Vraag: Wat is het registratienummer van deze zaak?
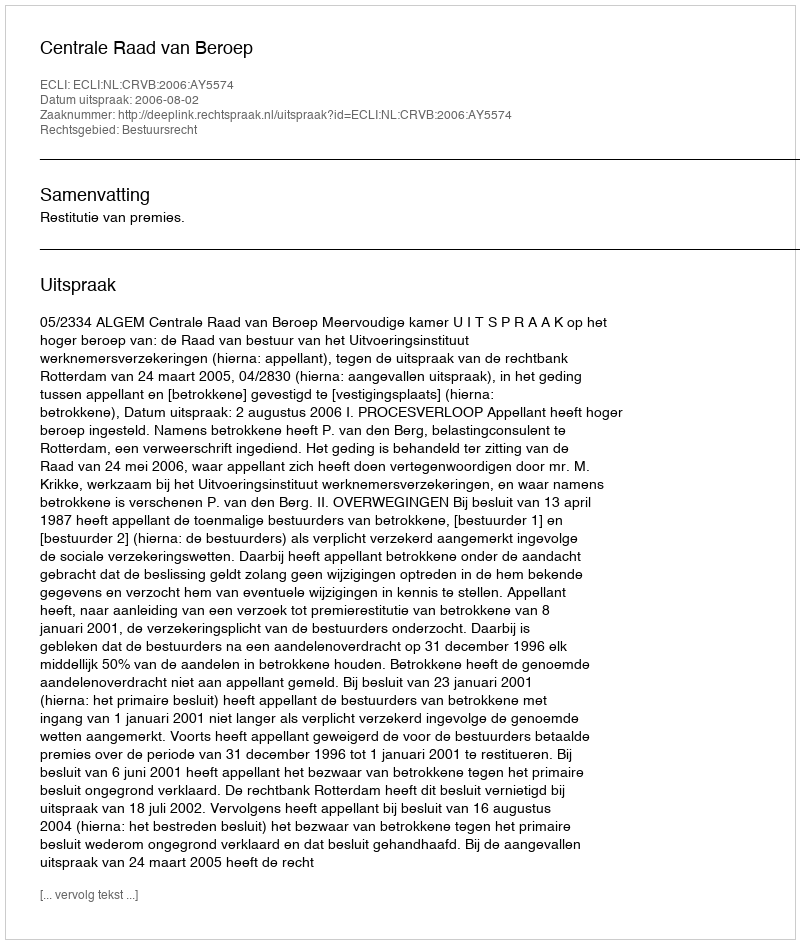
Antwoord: http://deeplink.rechtspraak.nl/uitspraak?id=ECLI:NL:CRVB:2006:AY5574